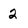
Character: 2